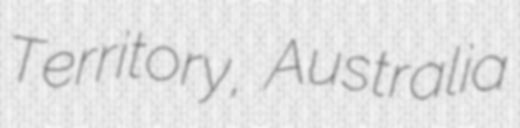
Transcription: Territory, Australia